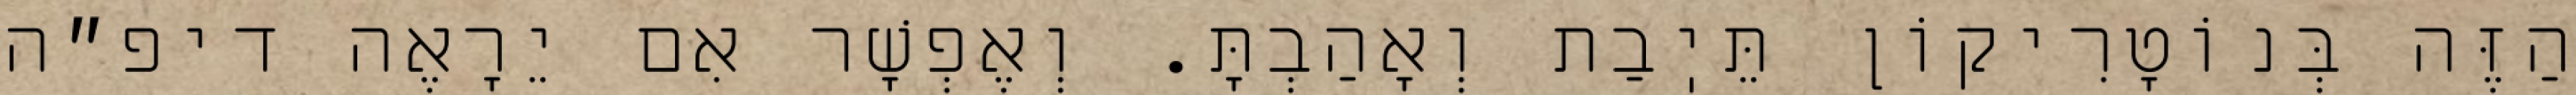
הַזֶּה בְּנוֹטָרִיקוֹן תֵּיֽבַת וְאָהַבְתָּ. וְאֶפְשָׁר אִם יֵרָאֶה דיפ״ה